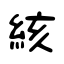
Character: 絯